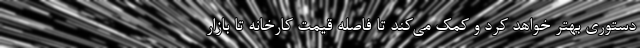
دستوری بهتر خواهد کرد و کمک می‌کند تا فاصله قیمت کارخانه تا بازار